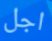
اجل